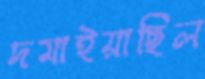
দমাইয়াছিল